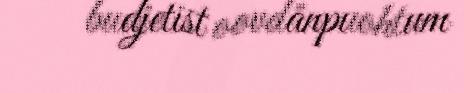
budjetist oovdânpuohtum